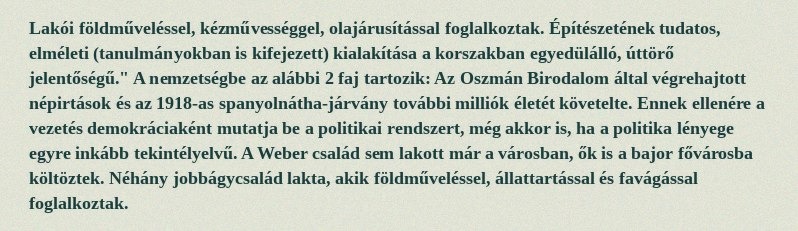
Lakói földműveléssel, kézművességgel, olajárusítással foglalkoztak. Építészetének tudatos, elméleti (tanulmányokban is kifejezett) kialakítása a korszakban egyedülálló, úttörő jelentőségű." A nemzetségbe az alábbi 2 faj tartozik: Az Oszmán Birodalom által végrehajtott népirtások és az 1918-as spanyolnátha-járvány további milliók életét követelte. Ennek ellenére a vezetés demokráciaként mutatja be a politikai rendszert, még akkor is, ha a politika lényege egyre inkább tekintélyelvű. A Weber család sem lakott már a városban, ők is a bajor fővárosba költöztek. Néhány jobbágycsalád lakta, akik földműveléssel, állattartással és favágással foglalkoztak.